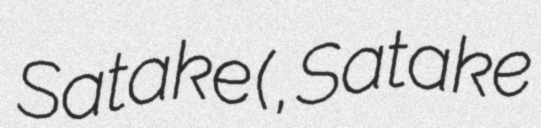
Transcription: Satake (佐竹 美佐子, Satake